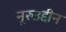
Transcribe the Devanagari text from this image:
नूरुउद्दीन